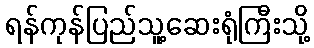
ရန်ကုန်ပြည်သူ့ဆေးရုံကြီးသို့